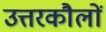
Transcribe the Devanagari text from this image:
उत्तरकौलों